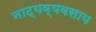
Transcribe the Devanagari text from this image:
नाट्यव्यवसाय